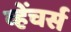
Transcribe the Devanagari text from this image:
व्हेंचर्स